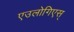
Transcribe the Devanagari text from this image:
एउलोगिएस्